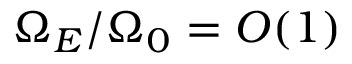
\Omega _ { E } / \Omega _ { 0 } = { \cal O } ( 1 )